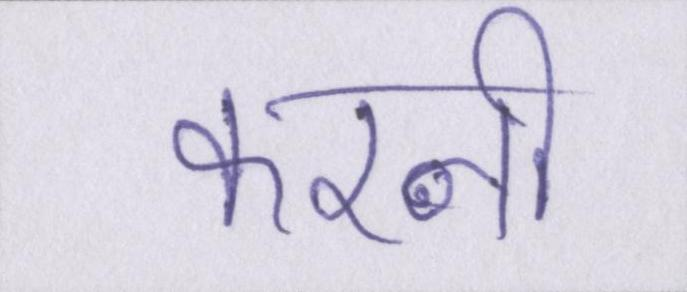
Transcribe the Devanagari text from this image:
करनी